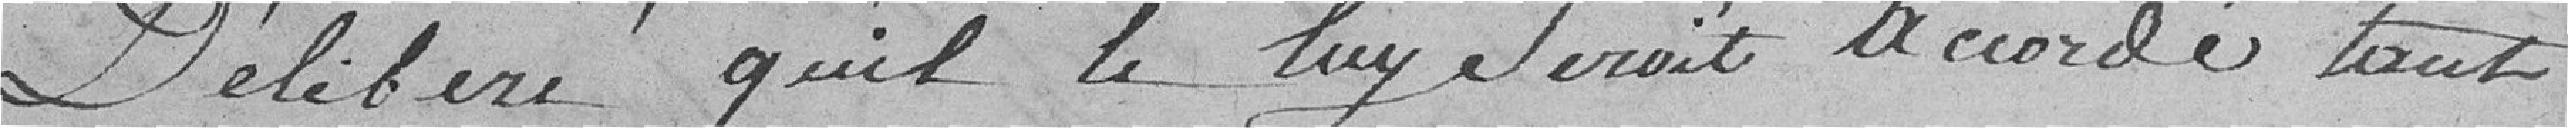
délibéré qu'il le luy serait accordé tant